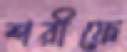
শরীফে